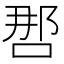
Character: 𰇯